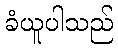
ခံယူပါသည်